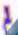
لم